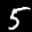
Label: 5